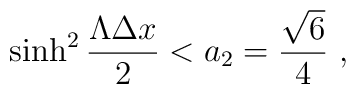
\sinh^2{\Lambda\Delta x\over 2} < a_2 = {\sqrt{6}\over 4} \ ,